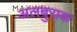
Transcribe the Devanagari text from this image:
अलबुराक